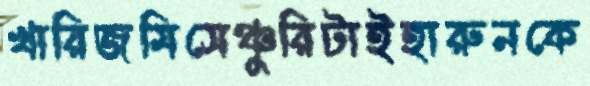
খারিজমিসেঞ্চুরিটাইহারুনকে